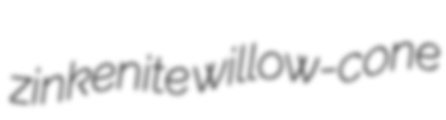
zinkenite willow-cone